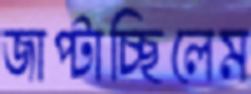
জাপ্‌টাচ্ছিলেম